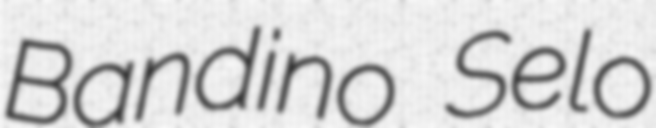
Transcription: Bandino Selo